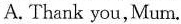
A. Thank you,Mum.